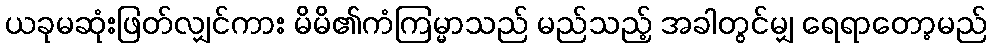
ယခုမဆုံးဖြတ်လျှင်ကား မိမိ၏ကံကြမ္မာသည် မည်သည့် အခါတွင်မျှ ရေရာတော့မည်